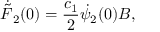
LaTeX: \dot { \tilde { F } } _ { 2 } ( 0 ) = \frac { c _ { 1 } } { 2 } \dot { \psi } _ { 2 } ( 0 ) B ,